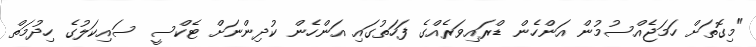
"މިގޮތަށް ހަމަޖެއްސުމުން އަންހެން ޑްރައިވަރެއްގެ ފަހަތުގައި އަންހެން ކުދިންނަށް ޓެކްސީ ސައިކަލުގެ ހިދުމަތް